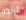
الزبدة